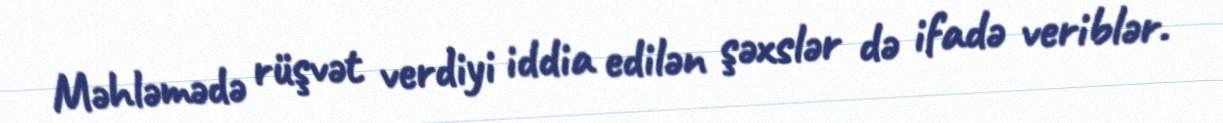
Məhləmədə rüşvət verdiyi iddia edilən şəxslər də ifadə veriblər.